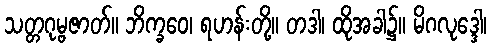
သတ္တဂုမ္ဗဇာတ်။ ဘိက္ခဝေ၊ ရဟန်းတို့။ တဒါ၊ ထိုအခါ၌။ မိဂလုဒ္ဒေါ၊